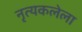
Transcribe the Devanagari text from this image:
नृत्यकलेला